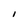
Character: I